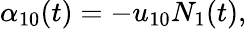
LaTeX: \alpha_{10}(t)=-u_{10}N_{1}(t),